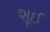
શૂઈ